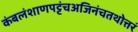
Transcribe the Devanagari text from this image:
कंबलंशाणपट्टंचअजिनंचतथोत्तरं